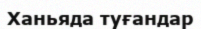
Ханьяда туғандар